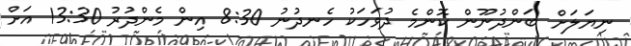
ނިޔަލަށް ބަންދުނޫން ކޮންމެ ދުވަހަކު ހެނދުނު 8:30 އިން މެންދުރު 13:30 އަށް